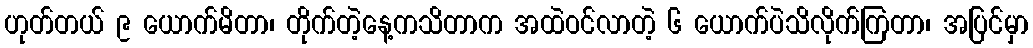
ဟုတ်တယ် ၉ ယောက်မိတာ၊ တိုက်တဲ့နေ့ကသိတာက အထဲဝင်လာတဲ့ ၆ ယောက်ပဲသိလိုက်ကြတာ၊ အပြင်မှာ